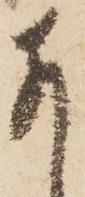
猶